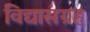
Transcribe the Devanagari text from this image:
विद्यासंग्रह